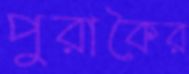
পুরাকৈর